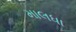
માલધા